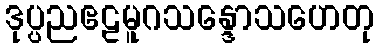
ဒုပ္ပညဧဠမူဂသန္ဒောသဟေတု